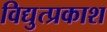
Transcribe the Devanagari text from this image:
विद्युत्प्रकाश